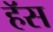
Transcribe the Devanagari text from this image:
हॅस